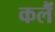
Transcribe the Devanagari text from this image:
कलैं